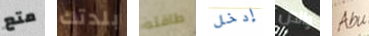
متع بلدتك طاقته إدخل والدن Abu